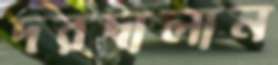
দরদালান